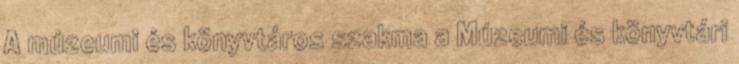
A múzeumi és könyvtáros szakma a Múzeumi és könyvtári